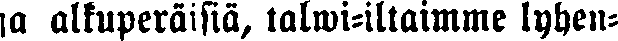
ja alkuperäisiä, talwi-iltaimme lyhen-